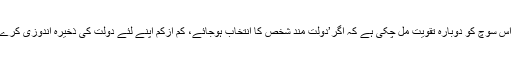
اگر چترال میں یہ واقعات ’غریب کا انتخاب‘ ہو بھی گیا ہے تو اُس سوچ کو دوبارہ تقویت مل چُکی ہے کہ اگر’دولت مند شخص کا انتخاب ہوجائے، کم ازکم اپنے لئے دولت کی ذخیرہ اندوزی کرے بھی تو عوام کیلئے بھی شاید سوچ سکتا ہے‘ لیکن غریب نہیں۔